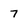
Character: 7